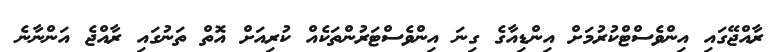
ރާއްޖޭގައި އިންވެސްޓްކުރުމަށް އިންޑިއާގެ ގިނަ އިންވެސްޓަރުންތަކެއް ކުރިއަށް އޮތް ތަނުގައި ރާއްޖެ އަންނާނެ